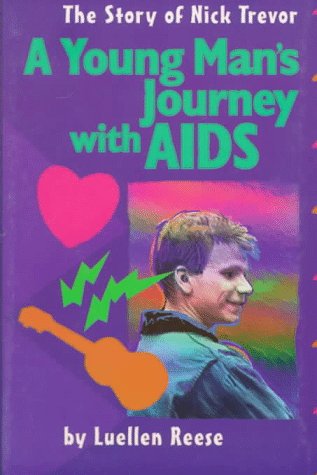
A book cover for Young Man's Journey with AIDS, (Issues--Teen); Luellen Reese; Teen & Young Adult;